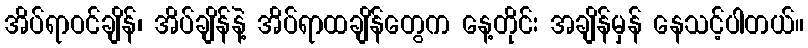
အိပ်ရာဝင်ချိန်၊ အိပ်ချိန်နဲ့ အိပ်ရာထချိန်တွေက နေ့တိုင်း အချိန်မှန် နေသင့်ပါတယ်။